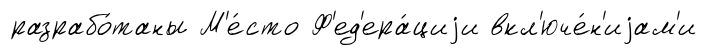
разрабо́таны М'е́сто Ф'ед'ера́циjи вкл'юче́н'иjам'и